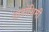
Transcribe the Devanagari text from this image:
तानोशिमी